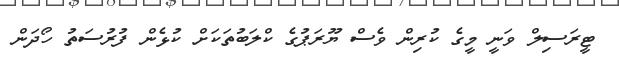
ޓީރަސިލް ވަނީ މީގެ ކުރިން ވެސް ޔޫރަޕުގެ ކްލަބުތަކަށް ކުޅެން ފުރުސަތު ހޯދަން